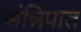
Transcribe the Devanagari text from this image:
संन्निपात